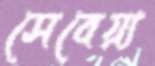
সেবেয়্য